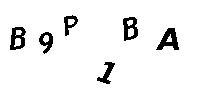
B9P1BA